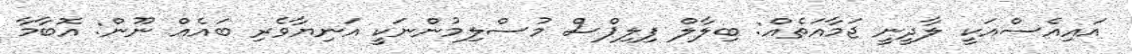
އައިއެސްއަކީ ލާދީނީ ޖަމާއަތެއް: ބިލާލް ފިލިޕްސް މުސްލިމުންނަކީ އަނިޔާވެރި ބައެއް ނޫން: އޮބާމާ